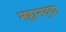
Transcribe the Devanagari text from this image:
महानद्दा